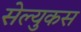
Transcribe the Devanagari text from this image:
सेल्‍युकस